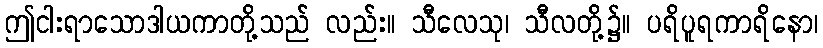
ဤငါးရာသောဒါယကာတို့သည် လည်း။ သီလေသု၊ သီလတို့၌။ ပရိပူရကာရိနော၊